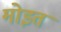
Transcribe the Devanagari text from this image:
मोइत